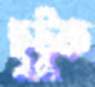
ছুটুক